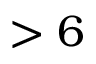
> 6